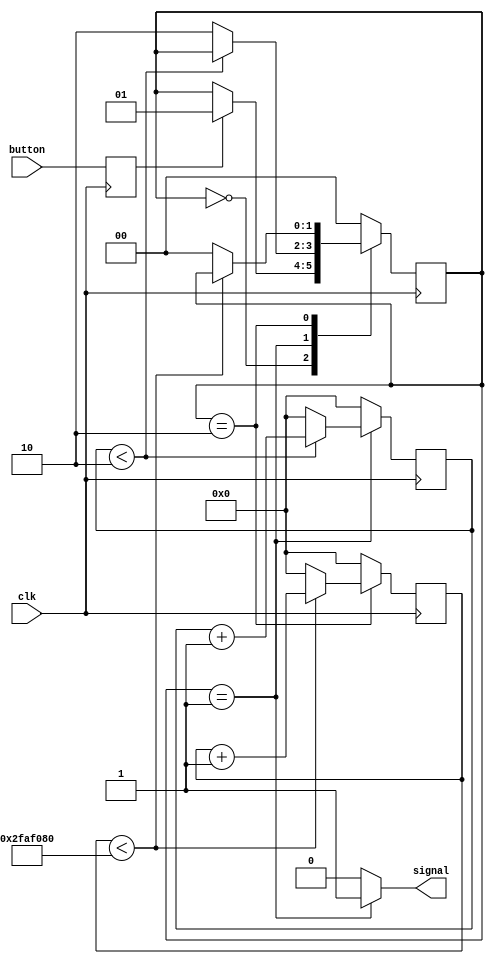
module press_button(input button, input clk, output reg signal);

parameter[31:0] t_alta = 32'd2;
//parameter[31:0] t_baixa = 32'd120000000;
parameter[31:0] t_baixa = 32'd50000000;
parameter[31:0] um = 32'd1;

reg[31:0] cont_baixa = 32'd0;
reg[31:0] cont_alta = 32'd0;

reg[1:0] estado = 2'd0;
reg reg_button;

always @(posedge clk)
begin
	reg_button = button;
end

always @(negedge clk)
begin
	case(estado)
		2'd0:	//Espera de press_button
		begin
			if(reg_button==1)
				estado = 2'd1;
			cont_alta = 32'd0;
			cont_baixa = 32'd0;
		end
		2'd1:	//Conta periodo de alta
		begin
			if(cont_alta<t_alta)
				cont_alta = cont_alta + um;
			else
			begin
				estado = 2'd2;
				cont_alta = 32'd0;
			end
			cont_baixa = 32'd0;
		end
		2'd2:	//Conta periodo de baixa
		begin
			if(cont_baixa<t_baixa)
				cont_baixa = cont_baixa + um;
			else
			begin
				estado = 2'd0;
				cont_baixa = 32'd0;
			end
			cont_alta = 32'd0;
		end
		default:
		begin
			estado = 2'd0;
			cont_baixa = 32'd0;
			cont_alta = 32'd0;
		end
	endcase
end

always @(estado)
begin
	if(estado==2'd1)
		signal = 1;
	else
		signal = 0;
end

endmodule